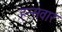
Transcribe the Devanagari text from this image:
हन्सवार